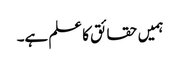
ہمیں حقائق کا علم ہے۔